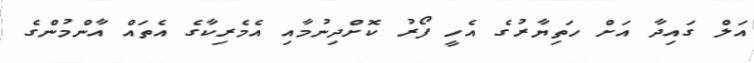
އަލް ގައިދާ އަށް ހަތިޔާރުގެ އެހީ ފޯރު ކޮށްދިނުމާއި އެމެރިކާގެ އެތައް އާންމުންގެ